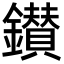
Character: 鑚